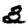
Digit: 3